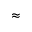
\approx